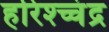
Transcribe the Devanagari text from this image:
हरिश्च्चंद्र